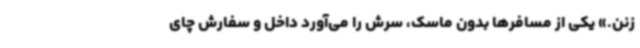
‌زنن.» یکی از مسافرها بدون ماسک، سرش را می‌آورد داخل و سفارش چای